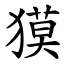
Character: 獏